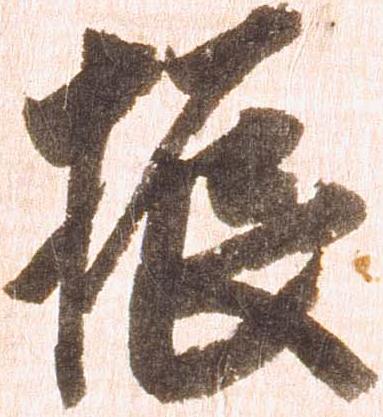
振